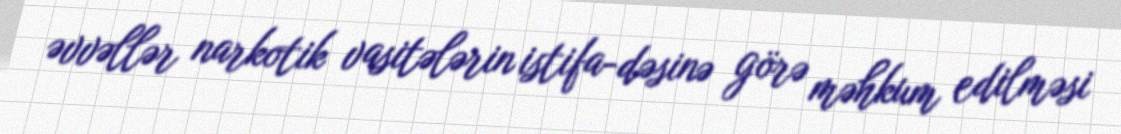
əvvəllər narkotik vasitələrin istifa­dəsinə görə məhkum edilməsi